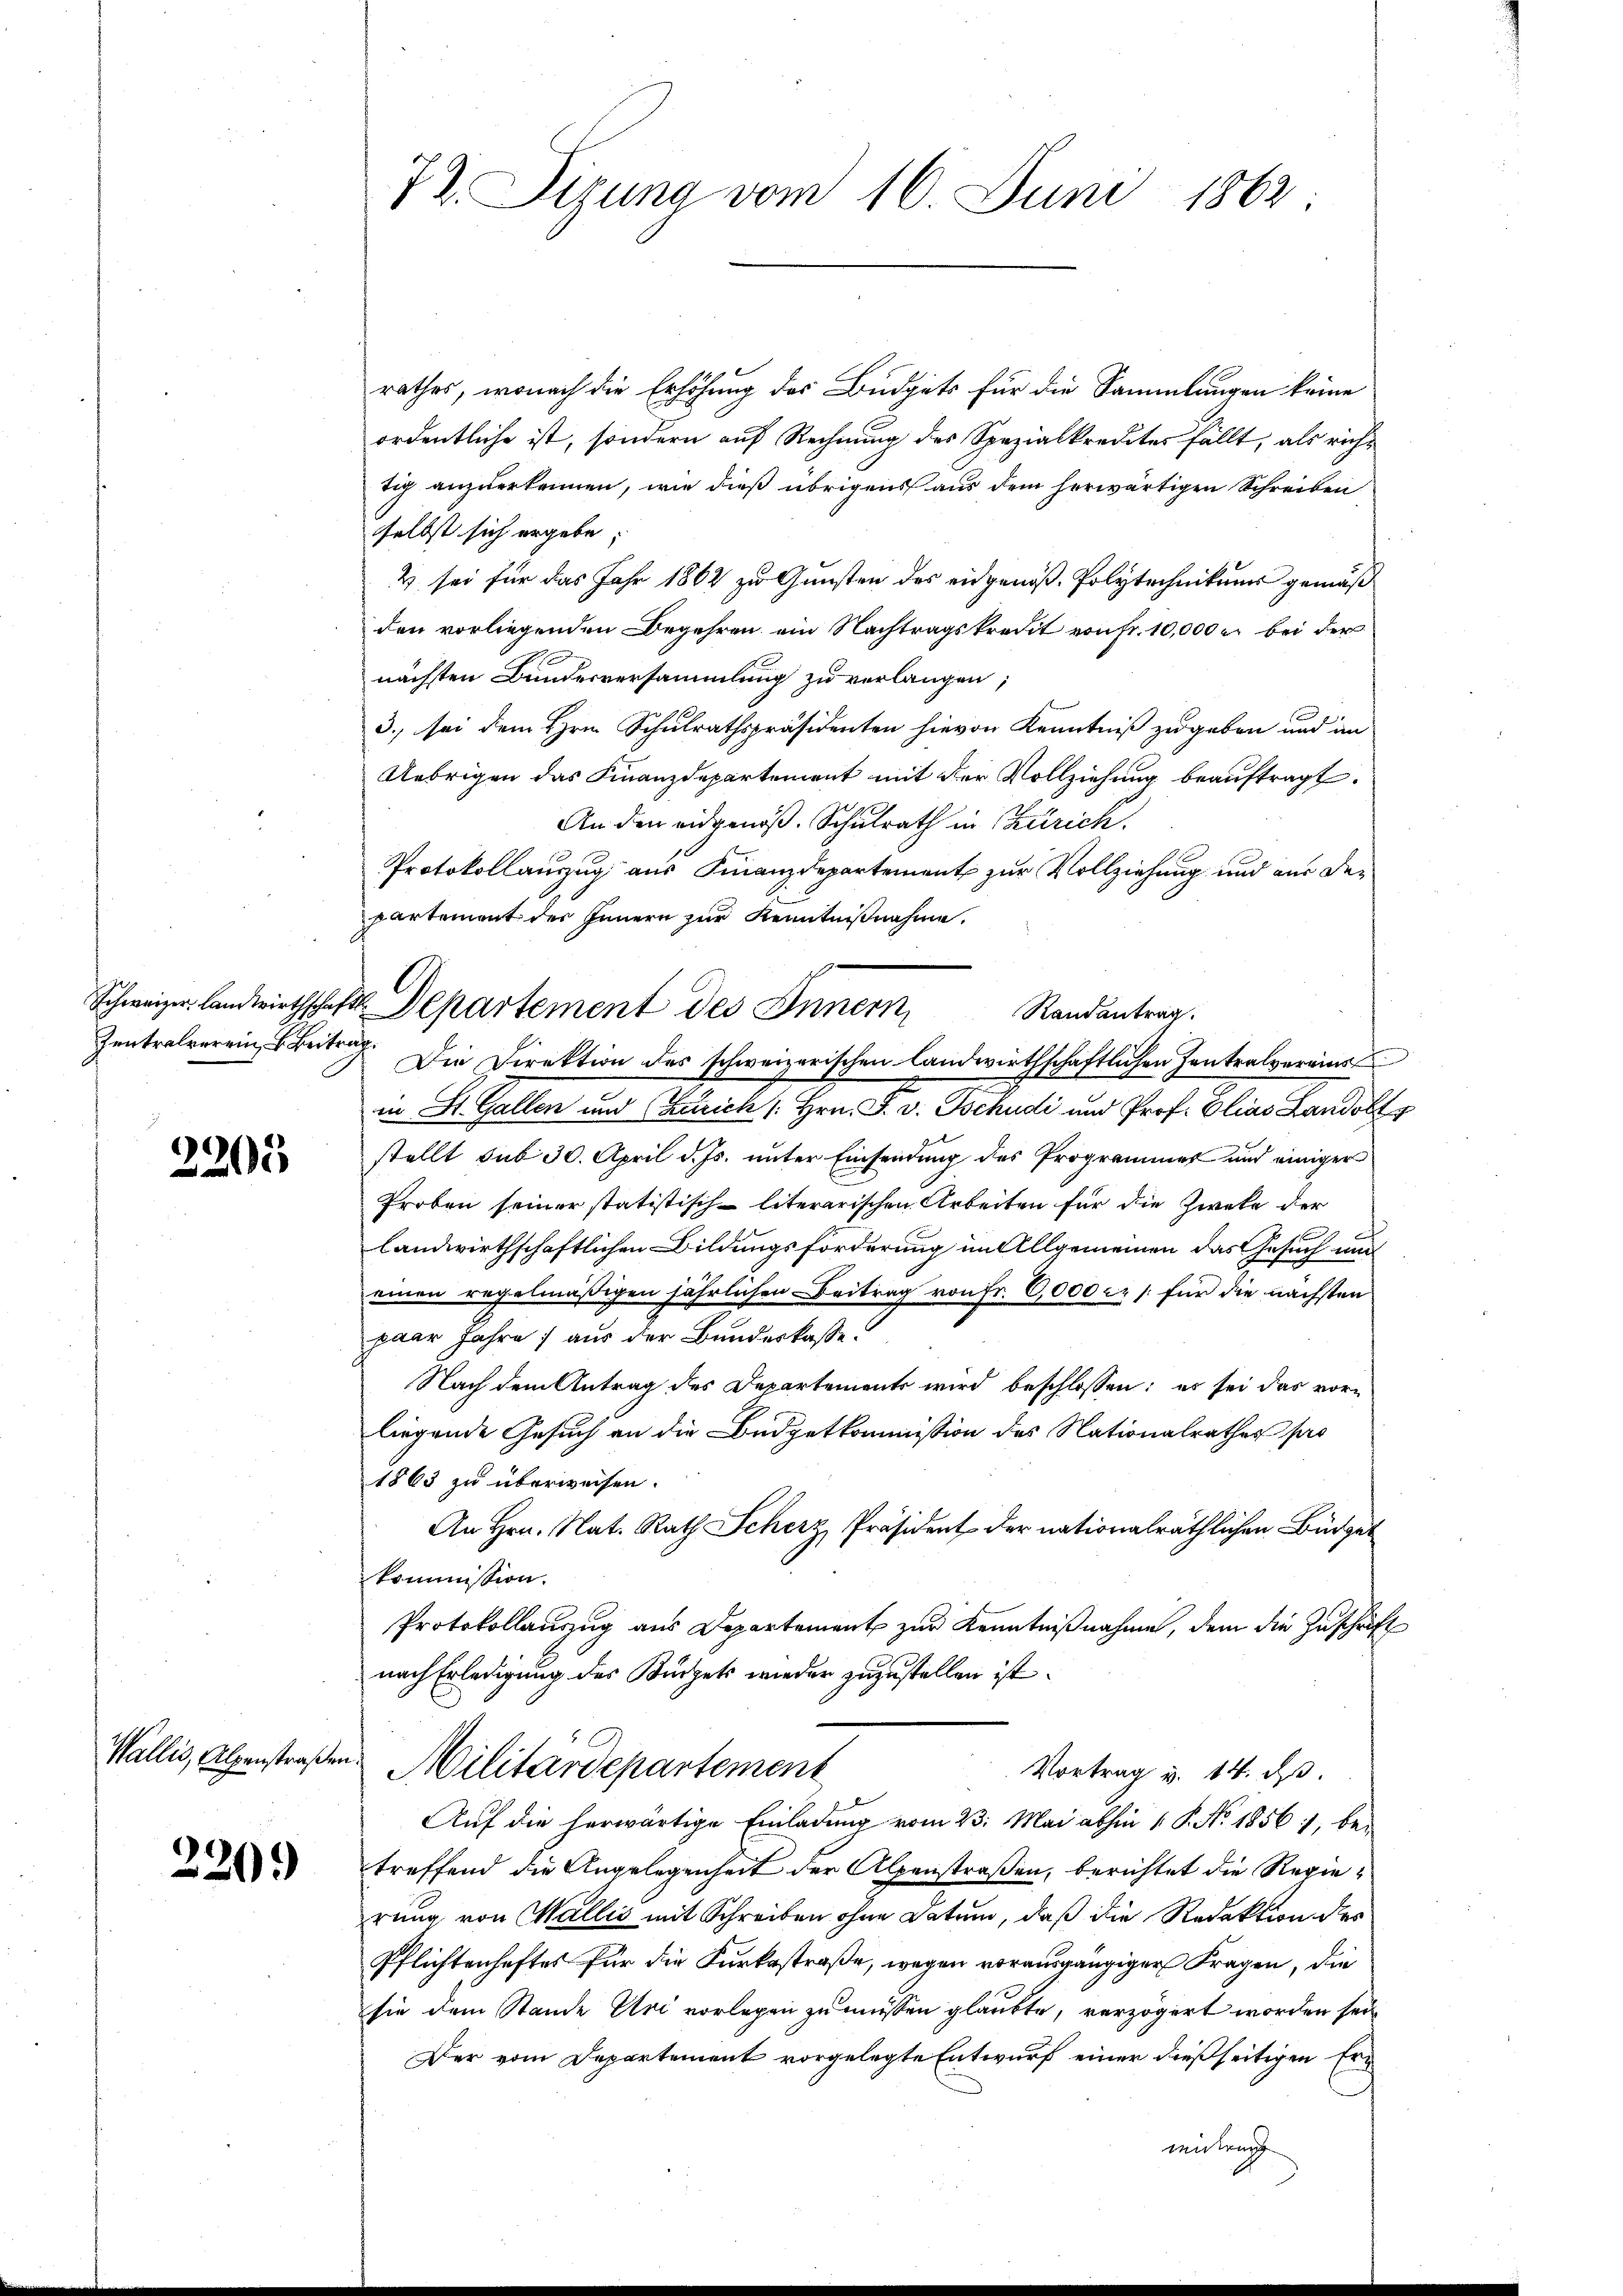
2205

Wallis, Alpenstraßen.

2209

72. Situng vom 16. Juni 1862

Schweizer Landwirthschaft Departement des Innern

rathes, wonach die Erhöhung des Budgets für die Sammlungen keine
ordentliche ist, sondern auf Rechnung des Spezialkredites fällt, als richtig anzuerkennen, wie dieß übrigens aus dem herwärtigen Schreiben
selbst sich ergebe;
2 sei für das Jahr 1862 zu Gunsten des eidgenöß- Polytechnikums gemäß
den vorliegenden Begehren ein Nachtragskredit von Fr. 10,000 r. bei der
nächsten Bundesversammlung zu verlangen;
3., sei dem Hrn. Schulrathspräsidenten hievon Kenntniß zugeben und im
Uebrigen das Finanzdepartement mit der Vollziehung beauftragt.
An den eidgenöß. Schulrath in Zürich,
Protokollauszug aus Finanzdepartement zur Vollziehung und aus der
partement des Innern zur Kenntnißnahme.
Randantrag.
Zentralverein Beitrag Die Direktion des schweizerischen landwirthschaftlichen Zentralvereins
e
in St. Gallen und Zürich / Hrn. F. v. Tschudi und Prof. Elias Landolt
stellt sub 30. April d. Js. unter Einsendung des Programmes und einiger
Proben seiner statistisch-literarischen Arbeiten für die Zweke der
b
landwirthschaftlichen Bildungsforderung im Allgemeinen das Gesuch und
einen regelmäßigen jährlichen Beitrag von Fr. 6,000 cr /: für die nächsten
paar Jahre / aus der Bundeskasse.
Nach dem Antrag des Departements wird beschlossen: es sei das vor-
liegende Gesuch an die Budgetkommission des Nationalrathes pro
1863 zu überweisen.
An Hrn. Nat. Rath Scherz, Präsident der nationalräthlichen Büdget
kommission.
Protokollauszug aus Departement zur Kenntnißnahme, dem die Zuschrift
nach Erledigung des Kurzel wieder zuzustellen ist.
Militärdepartement
Vortrag v. 14. d.
Auf die herwärtige Einladung vom 23. Mai abhin 1 P. No. 1856, bei
treffend die Angelegenheit der Alpenstraßen, berichtet die Regierung von Wallis mit Schreiben ohne Datum, daß die Redaktion des
Pflichtenhaftes für die Furkostraße, wegen vorausgängiger Fragen, die
sie dem Stande Uri vorlegen zu müssen glaubte, verzögert worden sein
Der vom Departement vorgelegte Entwurf einer dießseitigen Erwiderung